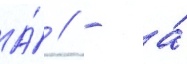
А́ // - а́